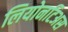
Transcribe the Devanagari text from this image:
लियोनटिअस